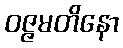
ဝဇ္ဇမတိနော